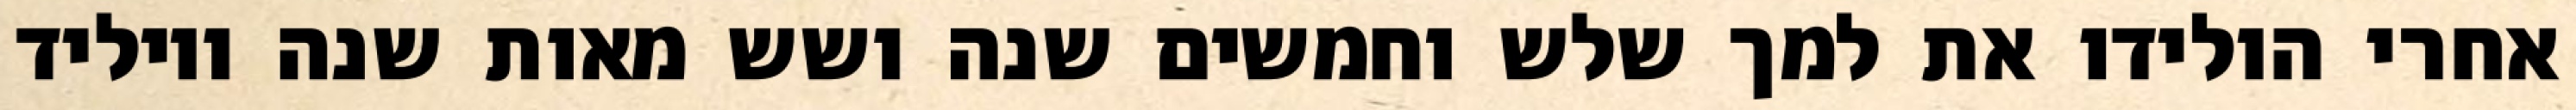
אחרי הולידו את למך שלש וחמשים שנה ושש מאות שנה ויוליד